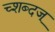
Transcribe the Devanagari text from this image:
च्शब्दज्